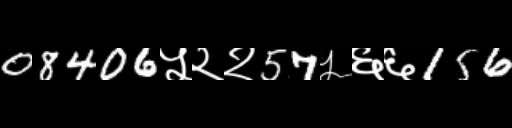
Text: 08406५२२57५६६156